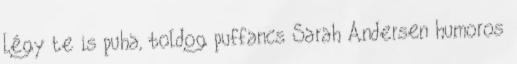
Légy te is puha, boldog puffancs Sarah Andersen humoros